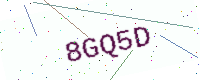
Text: 8GQ5D